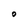
Character: O